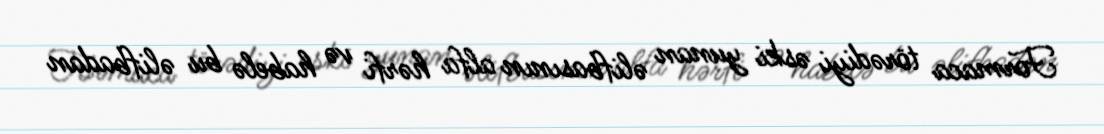
Formaca törədiyi əski yunan əlifbasının alfa hərfi və habelə bu əlifbadan